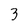
Character: 3